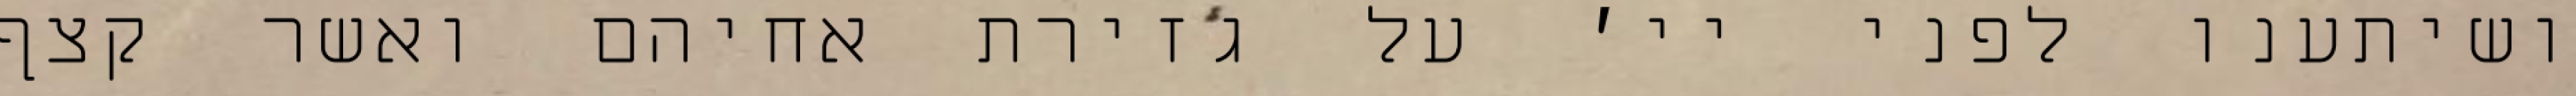
ושיתענו לפני יי׳ על גזירת אחיהם ואשר קצף